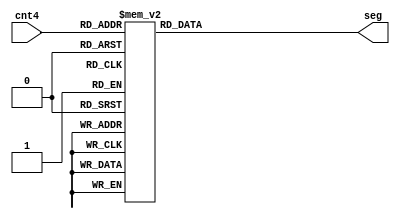
// 8_SEG_HEX_LED(common anode)

module cnt_seg_static(
	input wire [3:0] cnt4,	// 4-bit binary code input
	output reg [7:0] seg	// 1-bit hex static segment code output
);
	initial seg = 8'b1111_1111;	// default => Blanking
	
	always @(cnt4) begin
		case (cnt4)
			4'H0: seg = 8'b1100_0000; 4'H1: seg = 8'b1111_1001;
			4'H2: seg = 8'b1010_0100; 4'H3: seg = 8'b1011_0000;
			4'H4: seg = 8'b1001_1001; 4'H5: seg = 8'b1001_0010;
			4'H6: seg = 8'b1000_0010; 4'H7: seg = 8'b1111_1000;
			4'H8: seg = 8'b1000_0000; 4'H9: seg = 8'b1001_0000;
			4'HA: seg = 8'b1000_1000; 4'HB: seg = 8'b1000_0011;
			4'HC: seg = 8'b1100_0110; 4'HD: seg = 8'b1010_0001;
			4'HE: seg = 8'b1000_0110; 4'HF: seg = 8'b1000_1110;
			default: seg = 8'b1111_1111;
		endcase
	end
	
	
endmodule